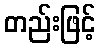
တည်းဖြင့်